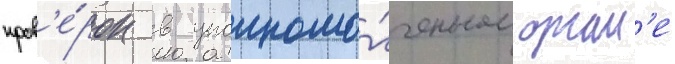
пров'е́рок в уполномо́ченном орган'е